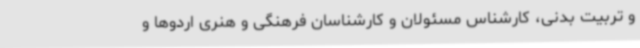
و تربیت بدنی، کارشناس مسئولان و کارشناسان فرهنگی و هنری اردوها و